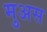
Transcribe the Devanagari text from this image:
मुअस